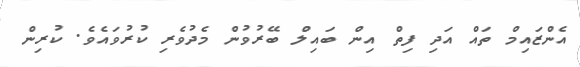
އެންޒައިމް ތައް އަދި ފިތް އިން ބައިލް ބޭރުވުން މެދުވެރި ކުރުވައެވެ. ކުރިން